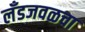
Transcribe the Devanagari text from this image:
लँडजवळचा